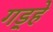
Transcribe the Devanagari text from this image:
गड़्हे